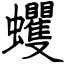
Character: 蠼